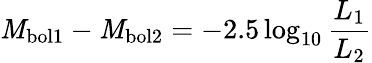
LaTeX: \mathit{M}_{\mathrm{{bol1}}}-\mathit{M}_{\mathrm{{bol2}}}=-2.5\log_{10}{\frac{{L_{\mathrm{{1}}}}}{{L_{\mathrm{{2}}}}}}